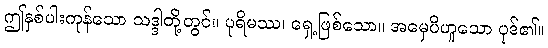
ဤနှစ်ပါးကုန်သော သဒ္ဒါတို့တွင်။ ပုရိမဿ၊ ရှေ့ဖြစ်သော။ အမှေပိဟူသော ပုဒ်၏။